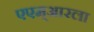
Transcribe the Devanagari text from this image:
एएम्‌आरला